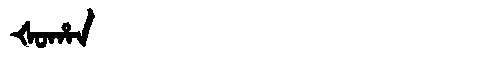
Manchu: ᡧᠣᡥᠠᠨ
Romanization: ŠOHAN